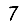
Digit: 7